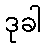
ဒုခါ